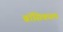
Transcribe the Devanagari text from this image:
ब्रॉसिकाल